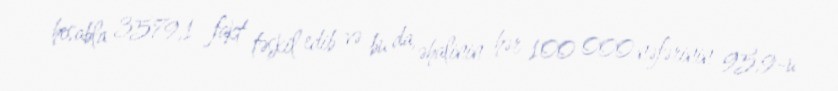
hesabla 3579,1 fakt təşkil edib və bu da, əhalinin hər 100 000 nəfərinin 95,9-u